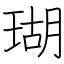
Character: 瑚